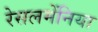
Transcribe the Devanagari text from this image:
रेसलमेंनिया